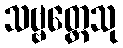
သဗ္ဗတ္ထေသု